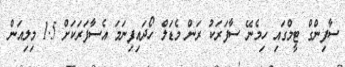
ސާފިންގް ޓީމްގައި ހިމެނޭ ސާފަރަކު ރަން މެޑަލް ހޯދައިފިނަމަ އެސާފަރަކަށް 1.5 މިލިއަން